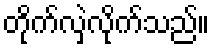
တိုက်လှဲလိုက်သည်။